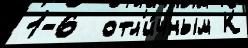
1-6  отл'и́чным К